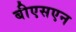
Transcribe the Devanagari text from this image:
बीएसएन